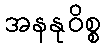
အနနုဝိစ္စ